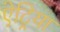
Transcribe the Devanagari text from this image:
ऐट्रिया